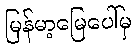
မြန်မာ့မြေပေါ်မှ